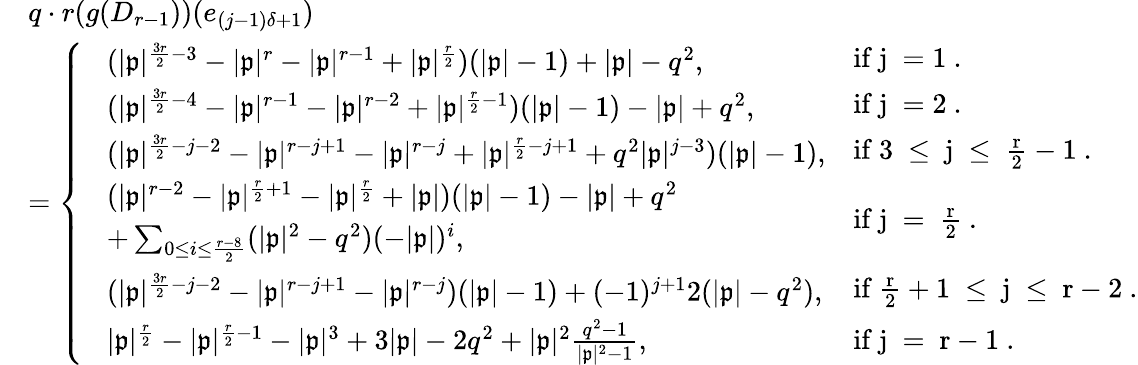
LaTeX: \begin{array}{rl}&{q\cdot r(g(D_{r-1}))(e_{(j-1)\delta+1})}\\ &{=\left\{ \begin{array}{ll}{\! \begin{array}{rl}&{(|\mathfrak{p}|^{\frac{3r}{2}-3}-|\mathfrak{p}|^{r}-|\mathfrak{p}|^{r-1}+|\mathfrak{p}|^{\frac{r}{2}})(|\mathfrak{p}|-1)+|\mathfrak{p}|-q^{2},}\end{array}}&{\mathrm{if~j~=1~.}}\\ {\! \begin{array}{rl}&{(|\mathfrak{p}|^{\frac{3r}{2}-4}-|\mathfrak{p}|^{r-1}-|\mathfrak{p}|^{r-2}+|\mathfrak{p}|^{\frac{r}{2}-1})(|\mathfrak{p}|-1)-|\mathfrak{p}|+q^{2},}\end{array}}&{\mathrm{if~j~=2~.}}\\ {\! \begin{array}{rl}&{(|\mathfrak{p}|^{\frac{3r}{2}-j-2}-|\mathfrak{p}|^{r-j+1}-|\mathfrak{p}|^{r-j}+|\mathfrak{p}|^{\frac{r}{2}-j+1}+q^{2}|\mathfrak{p}|^{j-3})(|\mathfrak{p}|-1),}\end{array}}&{\mathrm{if~3~\leq~j~\leq~\frac{r}{2}-1~.}}\\ {\! \begin{array}{rl}&{(|\mathfrak{p}|^{r-2}-|\mathfrak{p}|^{\frac{r}{2}+1}-|\mathfrak{p}|^{\frac{r}{2}}+|\mathfrak{p}|)(|\mathfrak{p}|-1)-|\mathfrak{p}|+q^{2}}\\ &{+\sum_{0\leq i\leq\frac{r-8}{2}}(|\mathfrak{p}|^{2}-q^{2})(-|\mathfrak{p}|)^{i},}\end{array}}&{\mathrm{if~j~=~\frac{r}{2}~.}}\\ {\! \begin{array}{rl}&{(|\mathfrak{p}|^{\frac{3r}{2}-j-2}-|\mathfrak{p}|^{r-j+1}-|\mathfrak{p}|^{r-j})(|\mathfrak{p}|-1)+(-1)^{j+1}2(|\mathfrak{p}|-q^{2}),}\end{array}}&{\mathrm{if~\frac{r}{2}+1~\leq~j~\leq~r-2~.}}\\ {\! \begin{array}{rl}&{|\mathfrak{p}|^{\frac{r}{2}}-|\mathfrak{p}|^{\frac{r}{2}-1}-|\mathfrak{p}|^{3}+3|\mathfrak{p}|-2q^{2}+|\mathfrak{p}|^{2}\frac{q^{2}-1}{|\mathfrak{p}|^{2}-1},}\end{array}}&{\mathrm{if~j~=~r-1~.}}\end{array}\right.}\end{array}